Annual report on the Civil Veterinary Department, Burma (including the Insein Veterinary School) - 1932-1941
Year: 1932
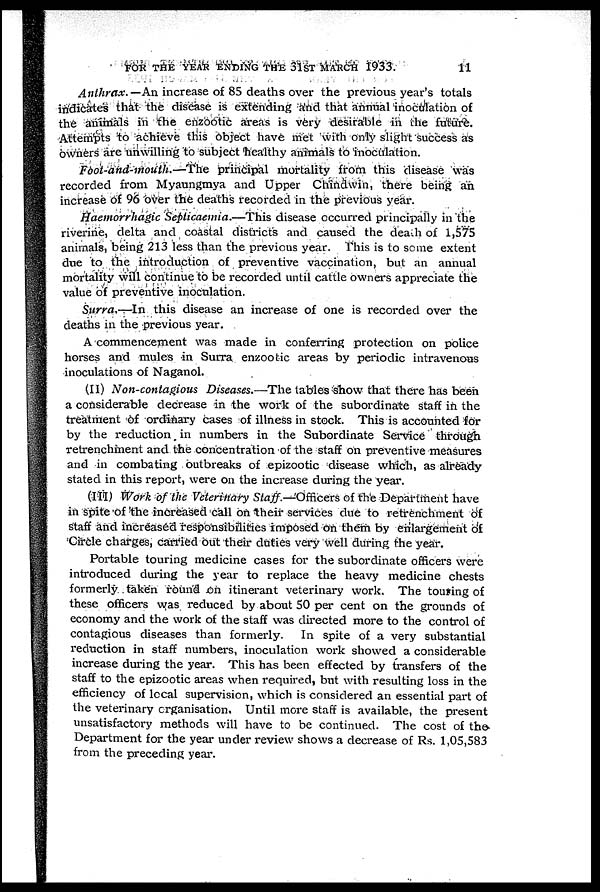
FOR THE YEAR ENDING THE 31ST MARCH 1933.
11
Anthrax.— An increase of 85 deaths over the previous year's totals
indicates that the disease is extending and that annual inoculation of
the animals in the enzootic areas is very desirable in the future.
Attempts to achieve this object have met with only slight success as
owners are unwilling to subject healthy animals to inoculation.
Foot-and-mouth.—The principal mortality from this disease was
recorded from Myaungmya and Upper Chindwin, there being an
increase of 96 over the deaths recorded in the previous year.
Haemorrhagic Septicaemia.—This disease occurred principally in the
riverine, delta and coastal districts and caused the death of 1,575
animals, being 213 less than the previous year. This is to some extent
due to the introduction of preventive vaccination, but an annual
mortality will continue to be recorded until cattle owners appreciate the
value of preventive inoculation.
Surra.—In this disease an increase of one is recorded over the
deaths in the previous year.
A commencement was made in conferring protection on police
horses and mules in Surra enzootic areas by periodic intravenous
inoculations of Naganol.
(II) Non-contagious Diseases.—The tables show that there has been
a considerable decrease in the work of the subordinate staff in the
treatment of ordinary cases of illness in stock. This is accounted for
by the reduction in numbers in the Subordinate Service through
retrenchment and the concentration of the staff on preventive measures
and in combating outbreaks of epizootic disease which, as already
stated in this report, were on the increase during the year.
(III) Work of the Veterinary Staff.—Officers of the Department have
in spite of the increased call on their services due to retrenchment of
staff and increased responsibilities imposed on them by enlargement of
Circle charges, carried out their duties very well during the year.
Portable touring medicine cases for the subordinate officers were
introduced during the year to replace the heavy medicine chests
formerly taken round on itinerant veterinary work. The touring of
these officers was reduced by about 50 per cent on the grounds of
economy and the work of the staff was directed more to the control of
contagious diseases than formerly. In spite of a very substantial
reduction in staff numbers, inoculation work showed a considerable
increase during the year. This has been effected by transfers of the
staff to the epizootic areas when required, but with resulting loss in the
efficiency of local supervision, which is considered an essential part of
the veterinary organisation. Until more staff is available, the present
unsatisfactory methods will have to be continued. The cost of the
Department for the year under review shows a decrease of Rs. 1,05,583
from the preceding year.